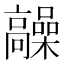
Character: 髞